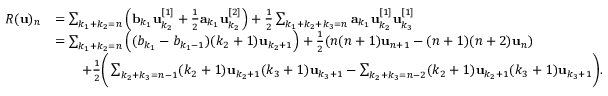
\begin{array} { r l } { R ( \mathbf { u } ) _ { n } } & { = \sum _ { k _ { 1 } + k _ { 2 } = n } \Big ( \mathbf b _ { k _ { 1 } } \mathbf u _ { k _ { 2 } } ^ { [ 1 ] } + \frac 1 2 \mathbf a _ { k _ { 1 } } \mathbf u _ { k _ { 2 } } ^ { [ 2 ] } \Big ) + \frac 1 2 \sum _ { k _ { 1 } + k _ { 2 } + k _ { 3 } = n } \mathbf a _ { k _ { 1 } } \mathbf u _ { k _ { 2 } } ^ { [ 1 ] } \mathbf u _ { k _ { 3 } } ^ { [ 1 ] } } \\ & { = \sum _ { k _ { 1 } + k _ { 2 } = n } \Big ( ( b _ { k _ { 1 } } - b _ { k _ { 1 } - 1 } ) ( k _ { 2 } + 1 ) \mathbf u _ { k _ { 2 } + 1 } \Big ) + \frac 1 2 ( n ( n + 1 ) \mathbf u _ { n + 1 } - ( n + 1 ) ( n + 2 ) \mathbf u _ { n } ) } \\ & { \qquad + \frac 1 2 \bigg ( \sum _ { k _ { 2 } + k _ { 3 } = n - 1 } ( k _ { 2 } + 1 ) \mathbf u _ { k _ { 2 } + 1 } ( k _ { 3 } + 1 ) \mathbf u _ { k _ { 3 } + 1 } - \sum _ { k _ { 2 } + k _ { 3 } = n - 2 } ( k _ { 2 } + 1 ) \mathbf u _ { k _ { 2 } + 1 } ( k _ { 3 } + 1 ) \mathbf u _ { k _ { 3 } + 1 } \bigg ) . } \end{array}